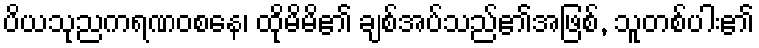
ပိယသုညကရဏဝစနေ၊ ထိုမိမိ၏ ချစ်အပ်သည်၏အဖြစ်, သူတစ်ပါး၏